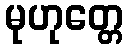
မုဟုတ္တေ